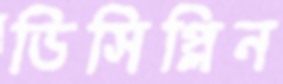
ডিসিপ্লিন